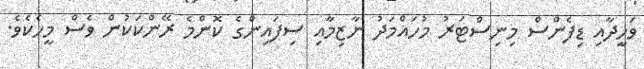
ވަހީދާއި ޑިފެންސް މިނިސްޓަރު މުހައްމަދު ނާޒިމާއި ސިފައިންގެ ކޮންމެ ރޭންކަކުން ވެސް މީހެކެވެ.